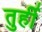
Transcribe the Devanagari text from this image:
तुर्ही